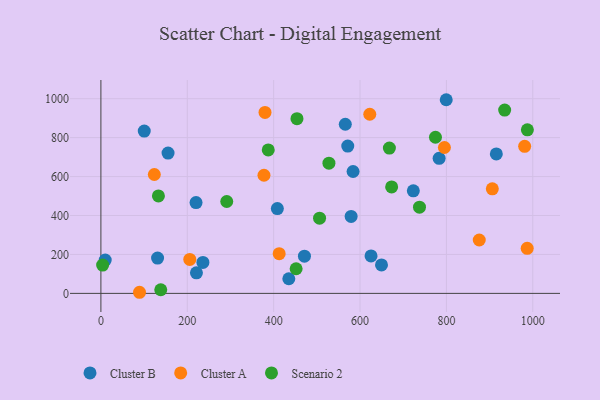
{"axis": {"x": "Experience", "y": "Demand"}, "legend": ["Cluster A", "Cluster B", "Scenario 2"], "data": [{"x": "571.6", "y": 756.4, "type": "Cluster B"}, {"x": "100.4", "y": 833.4, "type": "Cluster B"}, {"x": "155.5", "y": 720.5, "type": "Cluster B"}, {"x": "625.5", "y": 192.4, "type": "Cluster B"}, {"x": "408.6", "y": 435.7, "type": "Cluster B"}, {"x": "131.2", "y": 181.2, "type": "Cluster B"}, {"x": "435.1", "y": 75.1, "type": "Cluster B"}, {"x": "236.2", "y": 159.2, "type": "Cluster B"}, {"x": "583.9", "y": 626.0, "type": "Cluster B"}, {"x": "471.3", "y": 191.0, "type": "Cluster B"}, {"x": "799.6", "y": 994.6, "type": "Cluster B"}, {"x": "220.3", "y": 466.6, "type": "Cluster B"}, {"x": "221.2", "y": 105.5, "type": "Cluster B"}, {"x": "915.6", "y": 716.4, "type": "Cluster B"}, {"x": "783.2", "y": 693.4, "type": "Cluster B"}, {"x": "723.4", "y": 526.7, "type": "Cluster B"}, {"x": "10.0", "y": 170.9, "type": "Cluster B"}, {"x": "649.7", "y": 146.1, "type": "Cluster B"}, {"x": "579.4", "y": 395.5, "type": "Cluster B"}, {"x": "565.9", "y": 868.7, "type": "Cluster B"}, {"x": "380.0", "y": 929.3, "type": "Cluster A"}, {"x": "795.4", "y": 749.3, "type": "Cluster A"}, {"x": "377.6", "y": 606.8, "type": "Cluster A"}, {"x": "981.2", "y": 755.4, "type": "Cluster A"}, {"x": "876.1", "y": 274.2, "type": "Cluster A"}, {"x": "89.4", "y": 5.7, "type": "Cluster A"}, {"x": "622.6", "y": 919.9, "type": "Cluster A"}, {"x": "906.3", "y": 537.2, "type": "Cluster A"}, {"x": "205.8", "y": 174.2, "type": "Cluster A"}, {"x": "123.7", "y": 610.5, "type": "Cluster A"}, {"x": "987.1", "y": 231.3, "type": "Cluster A"}, {"x": "412.8", "y": 203.9, "type": "Cluster A"}, {"x": "452.0", "y": 126.6, "type": "Scenario 2"}, {"x": "673.2", "y": 546.7, "type": "Scenario 2"}, {"x": "774.7", "y": 801.8, "type": "Scenario 2"}, {"x": "528.0", "y": 668.6, "type": "Scenario 2"}, {"x": "506.3", "y": 386.1, "type": "Scenario 2"}, {"x": "987.5", "y": 840.0, "type": "Scenario 2"}, {"x": "133.2", "y": 500.5, "type": "Scenario 2"}, {"x": "291.4", "y": 471.8, "type": "Scenario 2"}, {"x": "668.0", "y": 746.3, "type": "Scenario 2"}, {"x": "934.9", "y": 941.4, "type": "Scenario 2"}, {"x": "4.0", "y": 145.4, "type": "Scenario 2"}, {"x": "387.5", "y": 736.8, "type": "Scenario 2"}, {"x": "737.7", "y": 442.9, "type": "Scenario 2"}, {"x": "454.0", "y": 897.3, "type": "Scenario 2"}, {"x": "138.6", "y": 18.6, "type": "Scenario 2"}]}